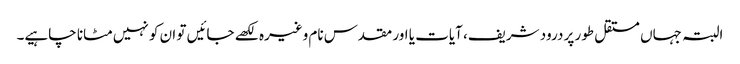
البتہ جہاں مستقل طور پر درود شریف، آیات یا اور مقدس نام وغیرہ لکھے جائیں تو ان کو نہیں مٹانا چاہیے۔